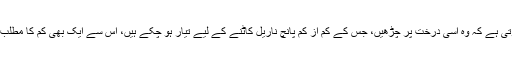
عام رائے یہی ہوتی ہے کہ وہ اسی درخت پر چڑھیں، جس کے کم از کم پانچ ناریل کاٹنے کے لیے تیار ہو چکے ہیں، اس سے ایک بھی کم کا مطلب ہے مالی خسارہ۔